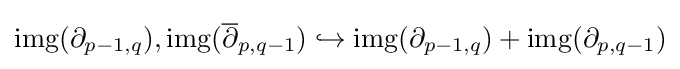
\operatorname {img} (\partial _{p-1,q}),\operatorname {img} ({\overline {\partial }}_{p,q-1})\hookrightarrow \operatorname {img} (\partial _{p-1,q})+\operatorname {img} (\partial _{p,q-1})